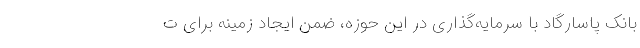
بانک پاسارگاد با سرمایه‌گذاری در این حوزه، ضمن ایجاد زمینه برای ت